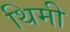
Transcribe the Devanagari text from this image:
थिमी